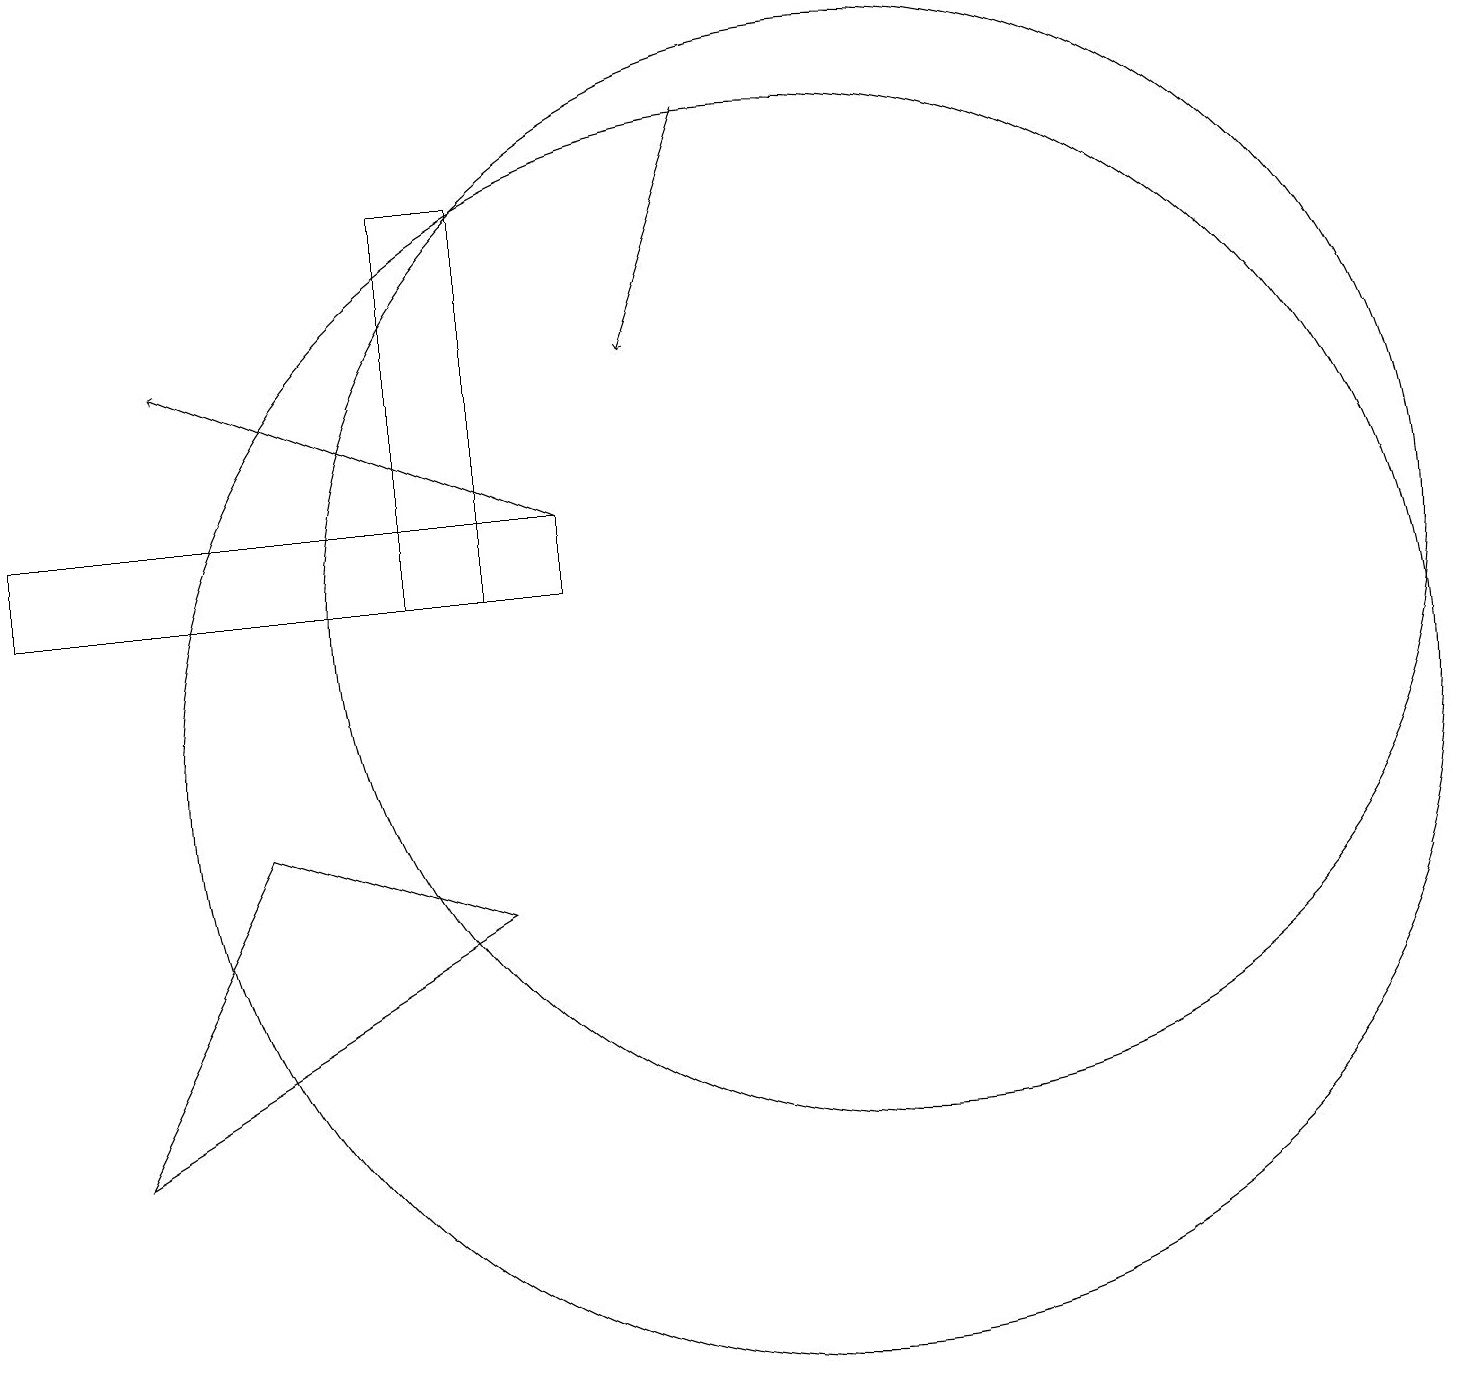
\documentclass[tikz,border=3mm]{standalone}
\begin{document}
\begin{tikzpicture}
\draw (1,5) -- (6,8) -- (3,9) -- cycle;
\draw[->] (9,18) -- (8,15);
\draw[->] (7,13) -- (2,15);
\draw (7,13) rectangle (0,12);
\draw (10,10) circle (8);
\draw (5,12) rectangle (6,17);
\draw (11,12) circle (7);
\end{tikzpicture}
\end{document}